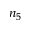
n _ { 5 }